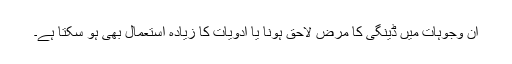
ان وجوہات میں ڈینگی کا مرض لاحق ہونا یا ادویات کا زیادہ استعمال بھی ہو سکتا ہے۔